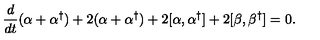
\frac { d } { d t } ( \alpha + \alpha ^ { \dagger } ) + 2 ( \alpha + \alpha ^ { \dagger } ) + 2 [ \alpha , \alpha ^ { \dagger } ] + 2 [ \beta , \beta ^ { \dagger } ] = 0 .